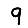
Digit: 9